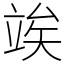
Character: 竢